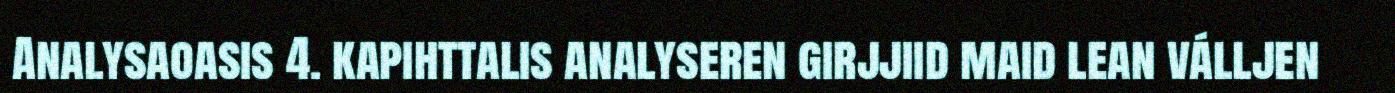
Analysaoasis 4. kapihttalis analyseren girjjiid maid lean válljen